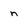
Character: n